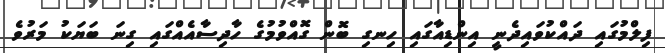
ފިލްމުގައި ދައްކުވައިދެނީ އިންޑިއާގައި ހިނގި ބޮން ގޮއްވުމުގެ ހާދިސާއެއްގައި ގިނަ ބަޔަކު މަރުވެ